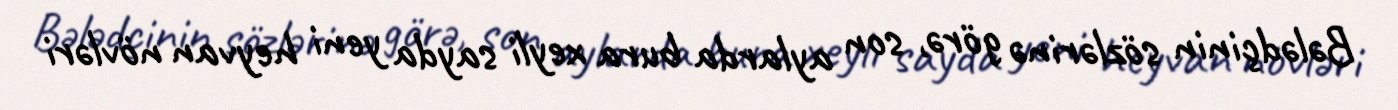
Bələdçinin sözlərinə görə, son aylarda bura xeyli sayda yeni heyvan növləri